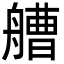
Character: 艚